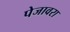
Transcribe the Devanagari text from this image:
पेजावरा